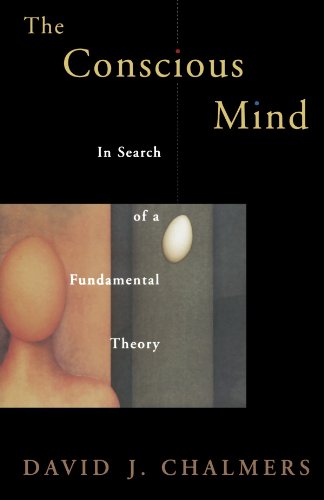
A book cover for The Conscious Mind: In Search of a Fundamental Theory (Philosophy of Mind); David J. Chalmers; Politics & Social Sciences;